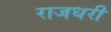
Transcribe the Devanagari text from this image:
राजधरी